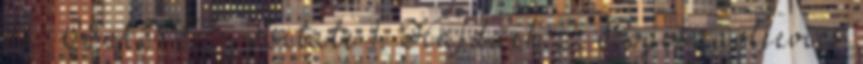
É. – CSÁKI 5, Isitate 1, Hajduch 2, Bogoszavljevics